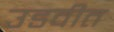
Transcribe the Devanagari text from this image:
उडवीत